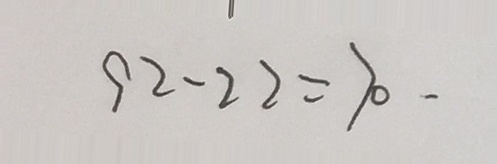
9 2 - 2 2 = 7 0 .